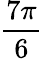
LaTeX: \frac{7\pi}{6}